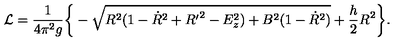
{ \cal L } = \frac { 1 } { 4 \pi ^ { 2 } g } \bigg \{ - \sqrt { R ^ { 2 } ( 1 - { \dot { R } } ^ { 2 } + { R ^ { \prime } } ^ { 2 } - E _ { z } ^ { 2 } ) + B ^ { 2 } ( 1 - { \dot { R } } ^ { 2 } ) } + \frac { h } { 2 } R ^ { 2 } \bigg \} .